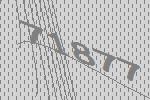
71877